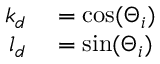
\begin{array} { r l } { k _ { d } } & { { } = \cos ( \Theta _ { i } ) } \\ { l _ { d } } & { { } = \sin ( \Theta _ { i } ) } \end{array}